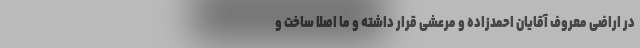
در اراضی معروف آقایان احمدزاده و مرعشی قرار داشته و ما اصلا ساخت و